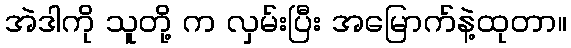
အဲဒါကို သူတို့ က လှမ်းပြီး အမြောက်နဲ့ထုတာ။